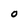
Character: O